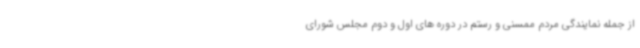
از جمله نمایندگی مردم ممسنی و رستم در دوره های اول و دوم مجلس شورای